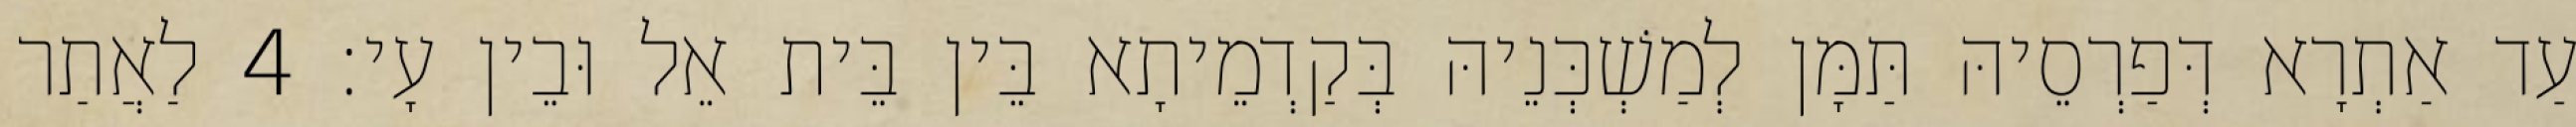
עַד אַתְרָא דְּפַרְסֵיהּ תַּמָּן לְמַשְׁכְּנֵיהּ בְּקַדְמֵיתָא בֵּין בֵּית אֵל וּבֵין עָי׃ 4 לַאֲתַר